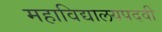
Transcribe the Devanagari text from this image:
महाविद्यालयपदवी